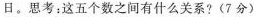
日。思考：这五个数之间有什么关系?(7分)